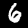
Label: 6